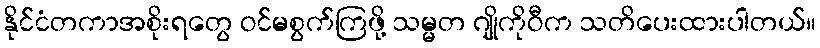
နိုင်ငံတကာအစိုးရတွေ ဝင်မစွက်ကြဖို့ သမ္မတ ဂျိုကိုဝီက သတိပေးထားပါတယ်။